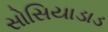
સોસિયાડાડ